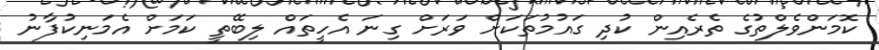
ކޮމަންވެލްތުގެ ތެރެއިން ކުދި ގައުމުތަކަށް ވަރަށް ގިނަ އެހީތައް ލިބޭތީ ކަމަށް އެމަނިކުފާނު